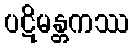
ပဋိမန္တကဿ